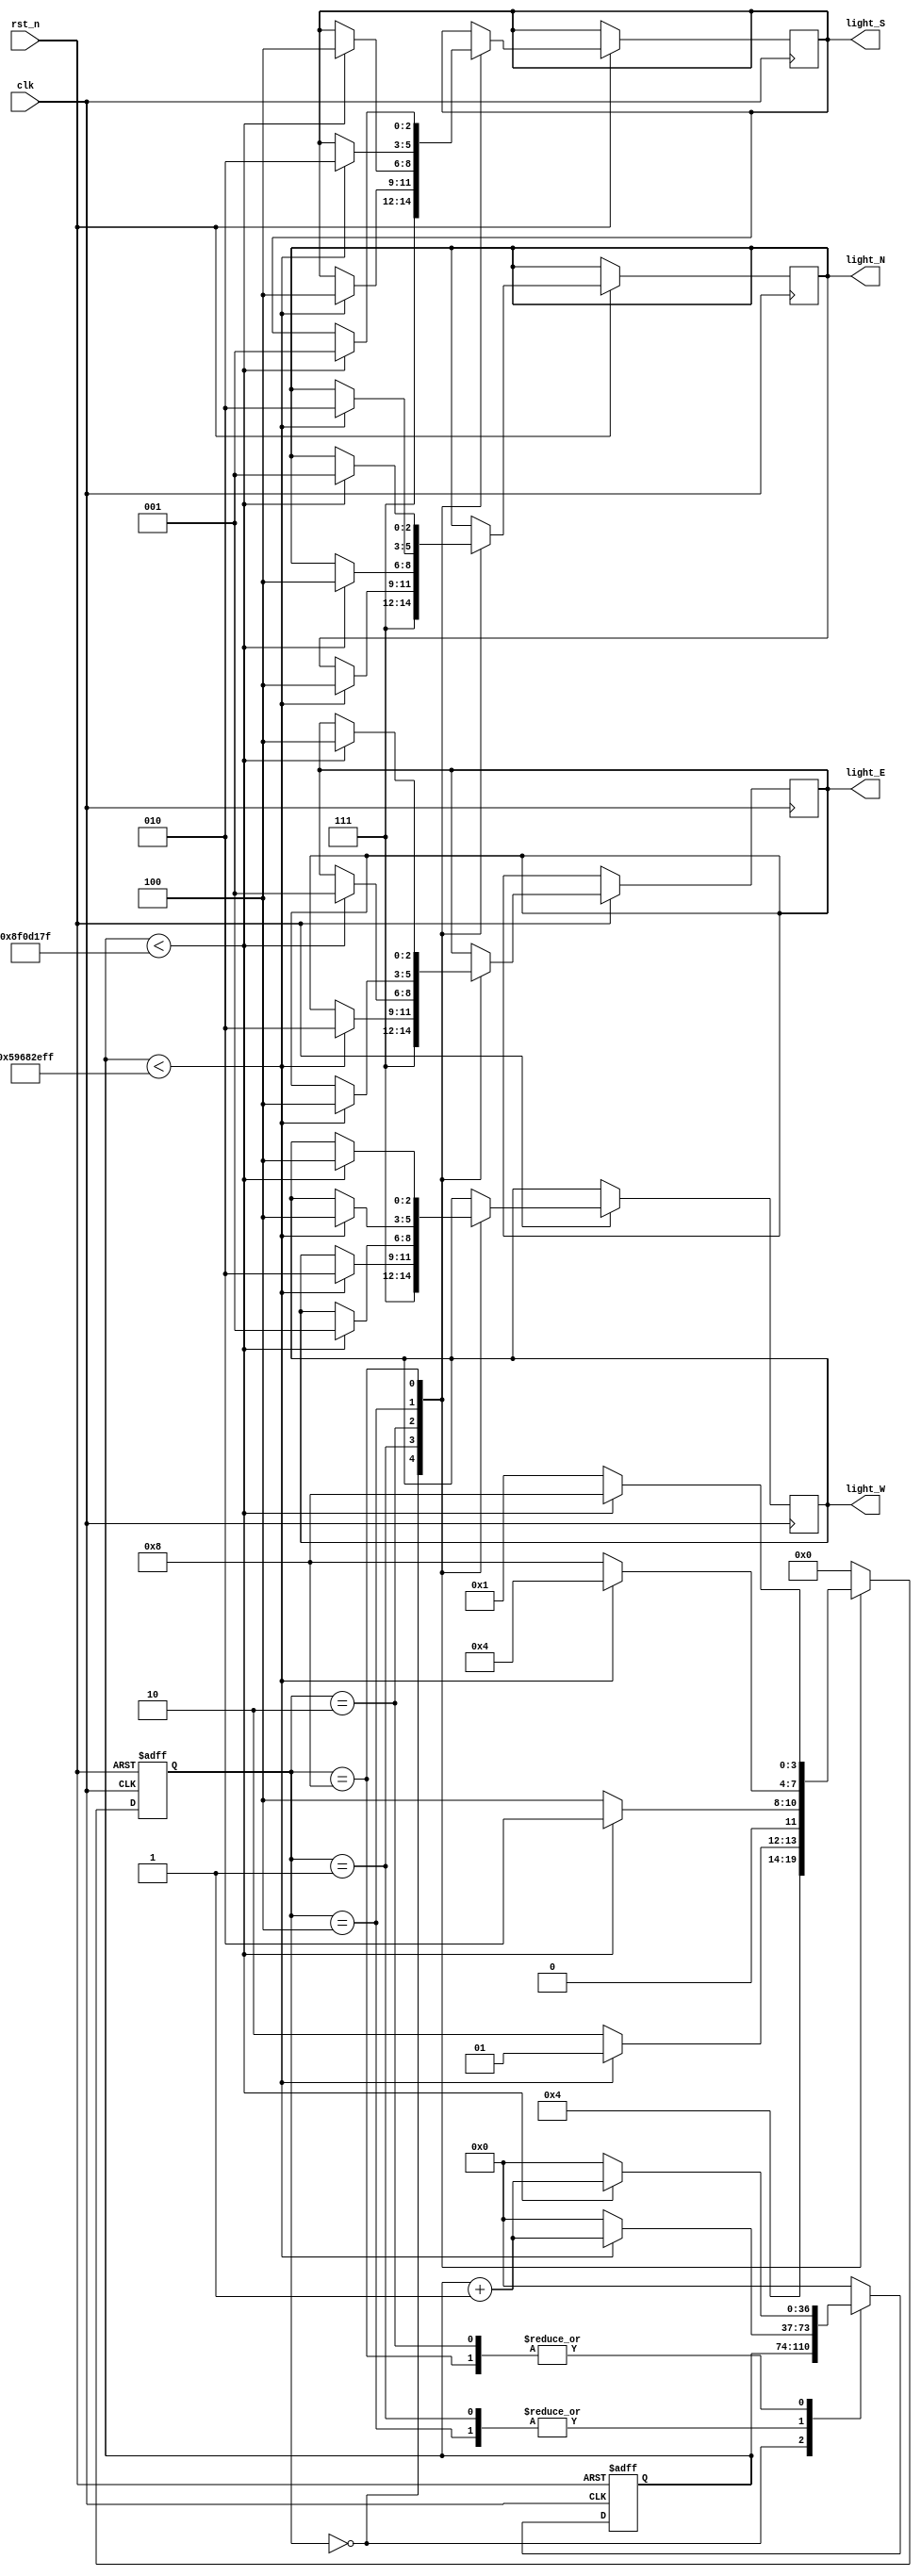

module traffic_lights_system(
    clk, //50MHz,20ns
    rst_n,
    light_N,
    light_S,
    light_E,
    light_W
    );
    
////////////////////
input                   clk;
input                   rst_n;
//10
output reg[2:0]         light_N;
output reg[2:0]         light_S;
output reg[2:0]         light_E;
output reg[2:0]         light_W;

////////////////////
parameter       TIME_LONG  = 36'd30_000_000_000 / 20; // 30
parameter       TIME_SHORT = 36'd 3_000_000_000 / 20; // 3

////////////////////
parameter       S0 = 4'b0000; //
parameter       S1 = 4'b0001; //1
parameter       S2 = 4'b0010; //2
parameter       S3 = 4'b0100; //3
parameter       S4 = 4'b1000; //4

reg[3:0]                state; //
reg[36:0]               cnt;   //

////////////////////
always@(posedge clk or negedge rst_n)begin
    if(!rst_n)begin //0
        state <= S0;
        cnt <= 'b0;
    end
    else begin
        case(state)
            S0 : begin //
                light_N <= 3'b111;
                light_S <= 3'b111;
                light_E <= 3'b111;
                light_W <= 3'b111;
                
                state = S1;
            end
            
            S1 : begin //1
                if (cnt < TIME_LONG - 1)begin
                    light_N <= 3'b100;
                    light_S <= 3'b100;
                    light_E <= 3'b010;
                    light_W <= 3'b010;
                    
                    cnt <= cnt + 1'b1; //                    
                    state <= S1; //
                end
                else begin
                    cnt <= 'b0; //0
                    state <= S2; //
                end
            end
                    
            S2 : begin //2
                if (cnt < TIME_SHORT - 1)begin
                    light_N <= 3'b100;
                    light_S <= 3'b100;
                    light_E <= 3'b001;
                    light_W <= 3'b001;
                    
                    cnt <= cnt + 1'b1;  
                    state <= S2;                    
                end
                else begin
                    cnt <= 'b0;
                    state <= S3;
                end
            end
                    
            S3 : begin //3
                if (cnt < TIME_LONG - 1)begin
                    light_N <= 3'b010;
                    light_S <= 3'b010;
                    light_E <= 3'b100;
                    light_W <= 3'b100;
                    
                    cnt <= cnt + 1'b1;           
                    state <= S3;
                end
                else begin
                    cnt <= 'b0;
                    state <= S4;
                end
            end
                    
            S4 : begin //2
                if (cnt < TIME_SHORT - 1)begin
                    light_N <= 3'b001;
                    light_S <= 3'b001;
                    light_E <= 3'b100;
                    light_W <= 3'b100;
                    
                    cnt <= cnt + 1'b1;
                    state <= S4;
                end
                else begin
                    cnt <= 'b0;
                    state <= S1;
                end
            end
                    
            default : begin
                state <= S0;
                cnt <= 'b0;
            end
        
        endcase
    end
end
     
endmodule